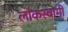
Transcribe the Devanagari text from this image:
लोकस्वामी